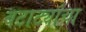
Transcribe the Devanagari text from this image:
बटाट्यांचा